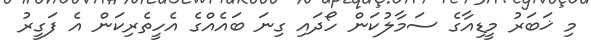
މި ޚަބަރު މީޑިއާގެ ސަމާލުކަން ހޯދައި ގިނަ ބައެއްގެ އެހީތެރިކަން އެ ފަގީރު